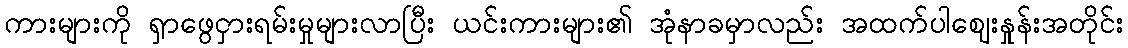
ကားများကို ရှာဖွေငှားရမ်းမှုများလာပြီး ယင်းကားများ၏ အုံနာခမှာလည်း အထက်ပါဈေးနှုန်းအတိုင်း